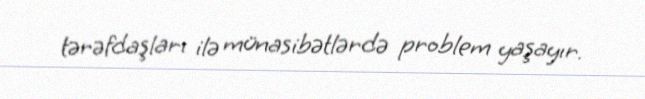
tərəfdaşları ilə münasibətlərdə problem yaşayır.